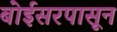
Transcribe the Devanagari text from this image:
बोईसरपासून